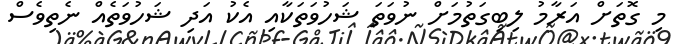
މި ގޮތަށް އަރާމު ލިބިގަތުމަށް ނުވަތަ ޝަހުވަތަކާއި އެކު އަދި ޝަހުވަތެއް ނެތިވެސް